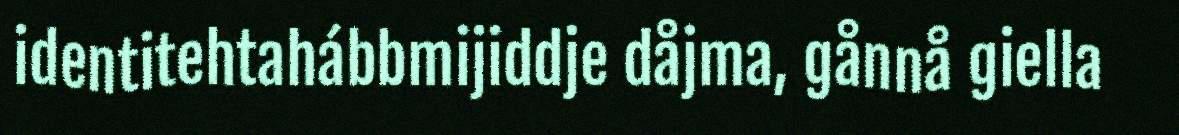
identitehtahábbmijiddje dåjma, gånnå giella